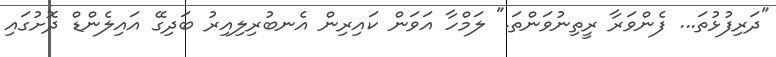
"ދަރިފުޅުތަ... ފެންވަރާ ރީތިނުވަންތަ." ލަމްހާ އަވަން ކައިރިން އެނބުރިލިއިރު ބަދިގޭ އައިލެންޑް ދޮށުގައި